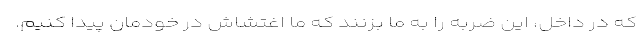
كه در داخل‌، اين ضربه را به ما بزنند كه ما اغتشاش در خودمان پيدا كنيم.